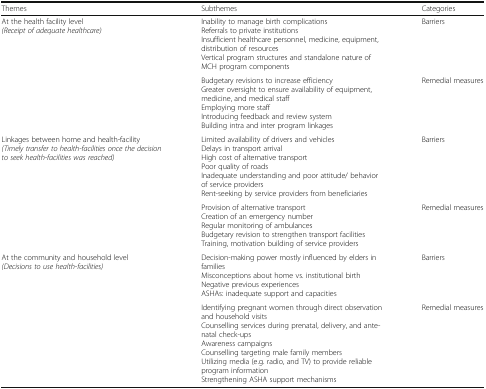
<table><thead><tr><td><b>Themes</b></td><td><b>Subthemes</b></td><td><b>Categories</b></td></tr></thead><tbody><tr><td rowspan="2">At the health facility level<i>(Receipt of adequate healthcare)</i></td><td>Inability to manage birth complicationsReferrals to private institutionsInsufficient healthcare personnel, medicine, equipment, distribution of resourcesVertical program structures and standalone nature of MCH program components</td><td>Barriers</td></tr><tr><td>Budgetary revisions to increase efficiencyGreater oversight to ensure availability of equipment, medicine, and medical staffEmploying more staffIntroducing feedback and review systemBuilding intra and inter program linkages</td><td>Remedial measures</td></tr><tr><td rowspan="2">Linkages between home and health-facility<i>(Timely transfer to health-facilities once the decision to seek health-facilities was reached)</i></td><td>Limited availability of drivers and vehiclesDelays in transport arrivalHigh cost of alternative transportPoor quality of roadsInadequate understanding and poor attitude/ behavior of service providersRent-seeking by service providers from beneficiaries</td><td>Barriers</td></tr><tr><td>Provision of alternative transportCreation of an emergency numberRegular monitoring of ambulancesBudgetary revision to strengthen transport facilitiesTraining, motivation building of service providers</td><td>Remedial measures</td></tr><tr><td rowspan="2">At the community and household level<i>(Decisions to use health-facilities)</i></td><td>Decision-making power mostly influenced by elders in familiesMisconceptions about home vs. institutional birthNegative previous experiencesASHAs: inadequate support and capacities</td><td>Barriers</td></tr><tr><td>Identifying pregnant women through direct observation and household visitsCounselling services during prenatal, delivery, and ante-natal check-upsAwareness campaignsCounselling targeting male family membersUtilizing media (e.g. radio, and TV) to provide reliable program informationStrengthening ASHA support mechanisms</td><td>Remedial measures</td></tr></tbody></table>